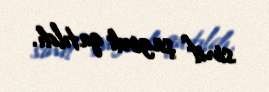
sinif şagirdi qatıldı.